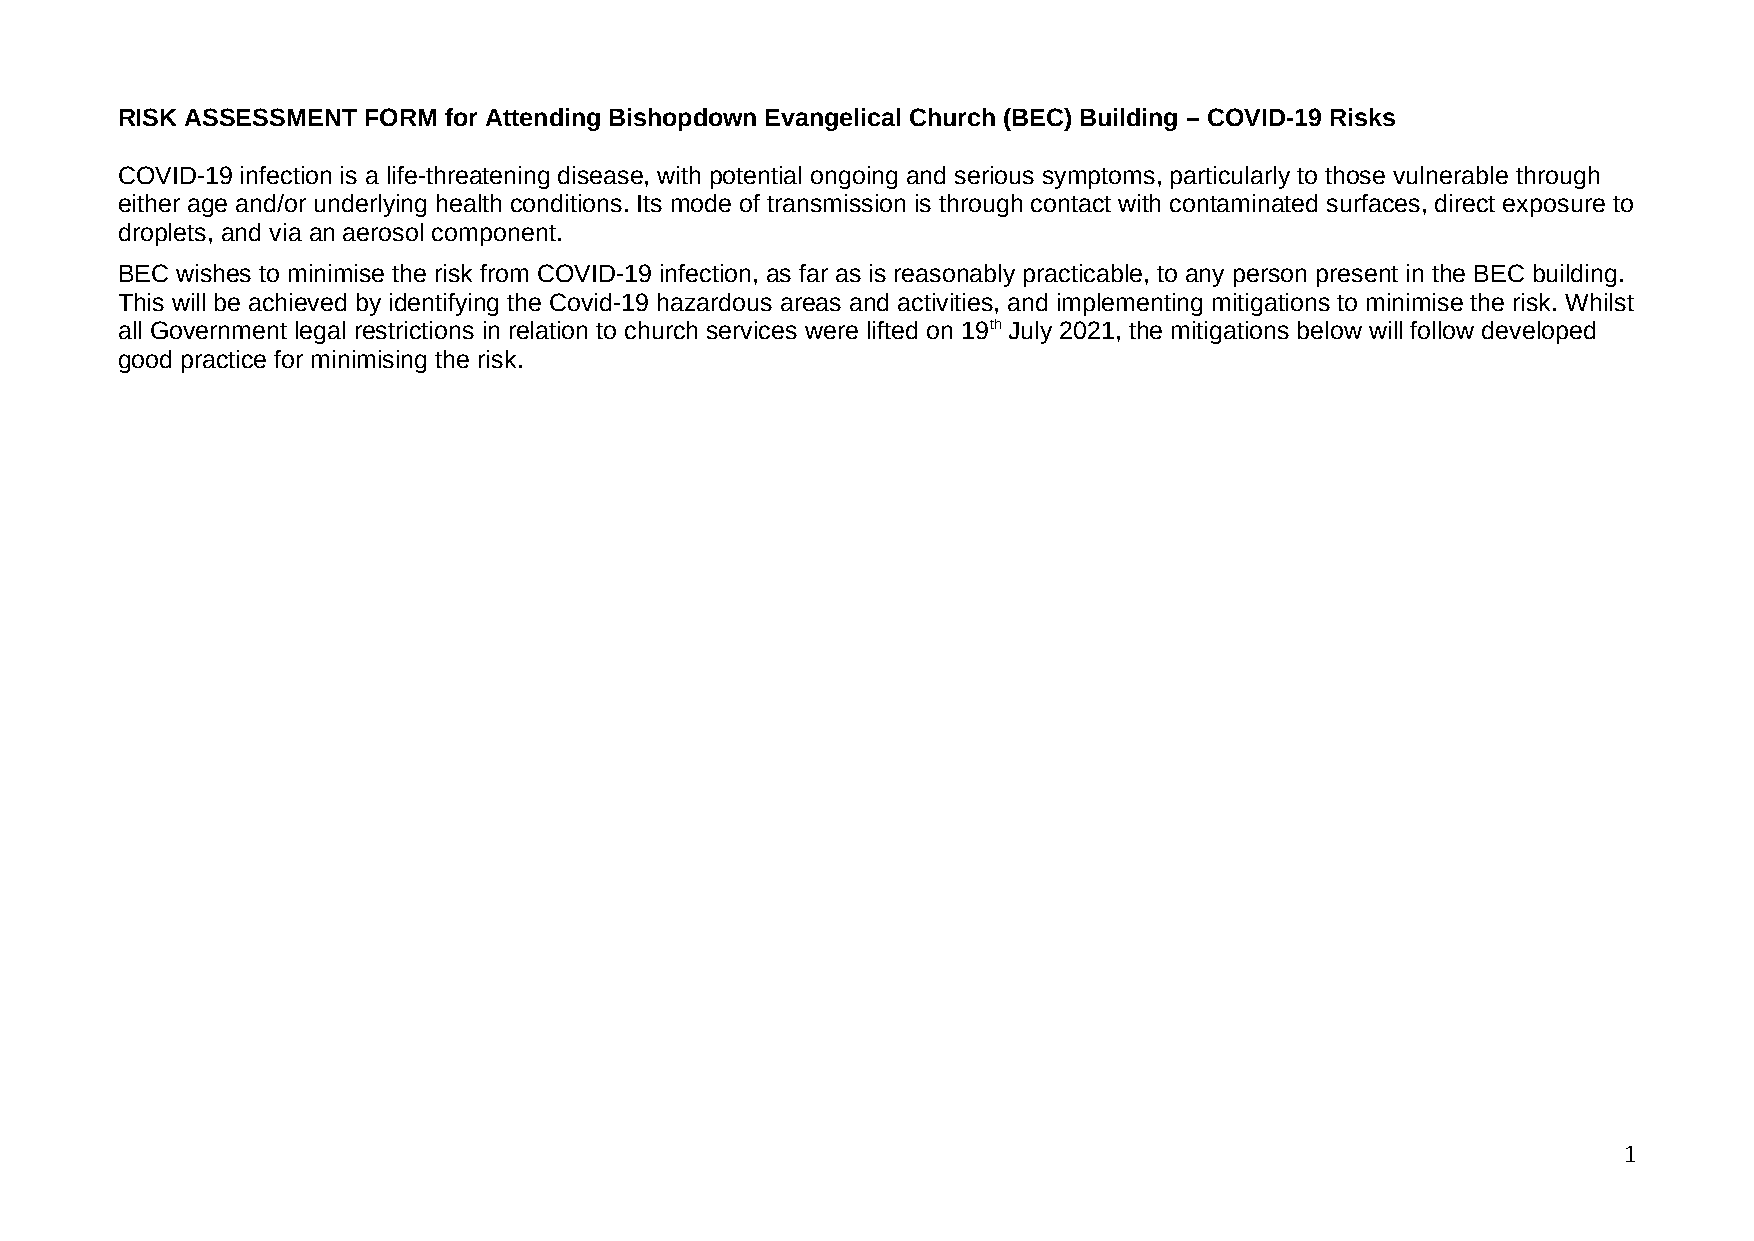
RISK ASSESSMENT FORM for Attending Bishopdown Evangelical Church (BEC) Building – COVID-19 Risks
 COVID-19 infection is a life-threatening disease, with potential ongoing and serious symptoms, particularly to those vulnerable through
 either age and/or underlying health conditions. Its mode of transmission is through contact with contaminated surfaces, direct exposure to
 droplets, and via an aerosol component.
 BEC wishes to minimise the risk from COVID-19 infection, as far as is reasonably practicable, to any person present in the BEC building.
 This will be achieved by identifying the Covid-19 hazardous areas and activities, and implementing mitigations to minimise the risk. Whilst
 all Government legal restrictions in relation to church services were lifted on 19th July 2021, the mitigations below will follow developed
 good practice for minimising the risk.
 1